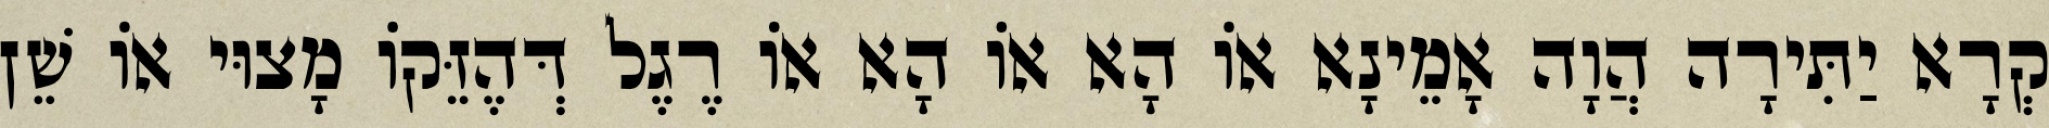
קְרָא יַתִּירָה הֲוָה אָמֵינָא אוֹ הָא אוֹ הָא אוֹ רֶגֶל דְּהֶזֵּקוֹ מָצוּי אוֹ שֵׁן